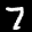
Label: 7